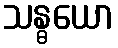
သန္ဓယော